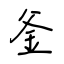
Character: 釜